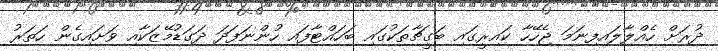
ދުރަށް ހެއްލާލައިފިނަމަ ޖެހޭހާ ކައިރީގައި ބަގީޗާތަކުގައި ބަހައްޓާފައި ހުންނަފަދަ ދަގަޑުމޭޒަކާއި ވަށައިގެން ހަތަރު